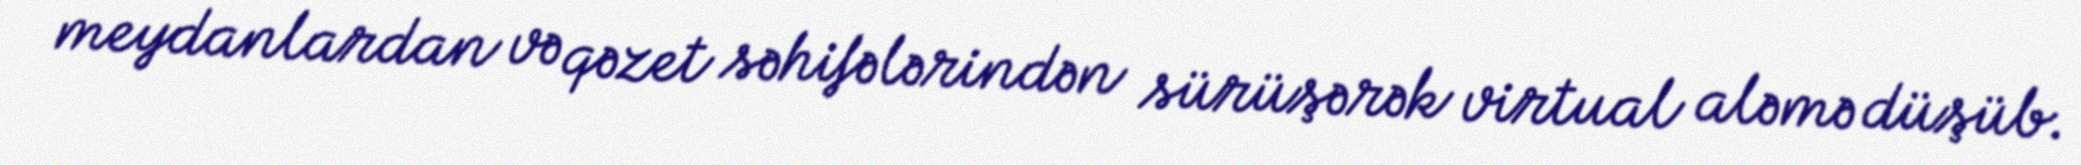
meydanlardan və qəzet səhifələrindən sürüşərək virtual aləmə düşüb.